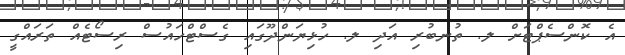
އެ ކޮންސެޕްޓަށް ލ. ތުނބުރި އަދި ލ. ހުޅިޔަންދޫގައި ގެސްޓްހައުސް ރިސޯޓެއް ތަރައްގީ